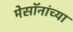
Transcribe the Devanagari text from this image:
मेसॉनांच्या